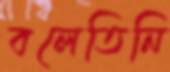
বলেতিনি